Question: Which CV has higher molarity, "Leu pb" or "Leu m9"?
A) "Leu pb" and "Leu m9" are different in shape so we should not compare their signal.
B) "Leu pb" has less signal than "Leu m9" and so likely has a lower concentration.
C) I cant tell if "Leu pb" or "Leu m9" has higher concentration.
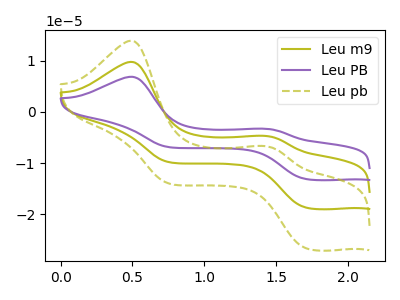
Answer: <think>The olive curve "Leu m9" has anodic peaks at (0.50V, 9.75uA) (1.40V, -4.70uA) and cathodic peaks at (1.70V, -18.70uA) (0.75V, -9.80uA). The purple curve "Leu PB" has anodic peaks at (0.50V, 19.50uA) (1.40V, -9.40uA) and cathodic peaks at (1.70V, -37.40uA) (0.75V, -19.60uA). The olive dashed curve "Leu pb" has anodic peaks at (0.50V, 13.90uA) (1.40V, -6.70uA) and cathodic peaks at (1.70V, -26.65uA) (0.75V, -13.95uA).
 All the peaks in "Leu pb" have a peak in "Leu m9" at the same potential.</think>
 <answer>C) I cant tell if "Leu pb" or "Leu m9" has higher concentration.</answer>
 <eval>C</eval>